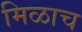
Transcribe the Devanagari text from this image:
मिळाच